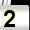
Digit: 2